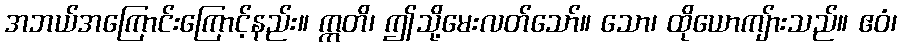
အဘယ်အကြောင်းကြောင့်နည်း။ ဣတိ၊ ဤသို့မေးလတ်သော်။ သော၊ ထိုယောကျ်ားသည်။ ဧဝံ၊